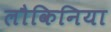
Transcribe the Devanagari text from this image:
लौकिनिया